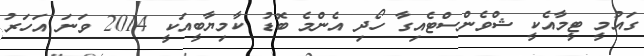
ގައުމީ ޓީމާއެކީ ޝްވެންސްޓެއިގާ ހޯދި އެންމެ ބޮޑު ކާމިޔާބީއަކީ 2014 ވަނަ އަހަރު